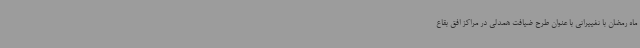
ماه رمضان با تغییراتی با عنوان طرح ضیافت همدلی در مراکز افق بقاع